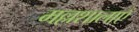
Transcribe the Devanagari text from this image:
मल्लशालाएँ